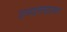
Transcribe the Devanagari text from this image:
एमएक्सएफ